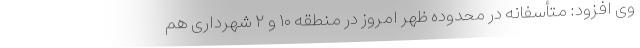
وی افزود: متأسفانه در محدوده ظهر امروز در منطقه ۱۰ و ۲ شهرداری هم